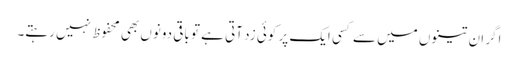
اگر ان تینوں میں سے کسی ایک پر کوئی زد آتی ہے تو باقی دونوں بھی محفوظ نہیں رہتے۔